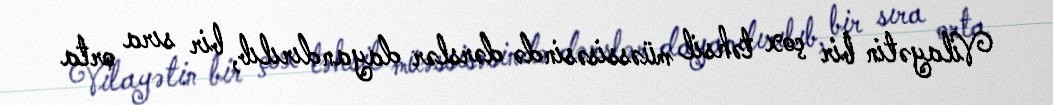
Vilayətin bir çox təhsil müəssisəsində dərslər dayandırılıb, bir sıra orta